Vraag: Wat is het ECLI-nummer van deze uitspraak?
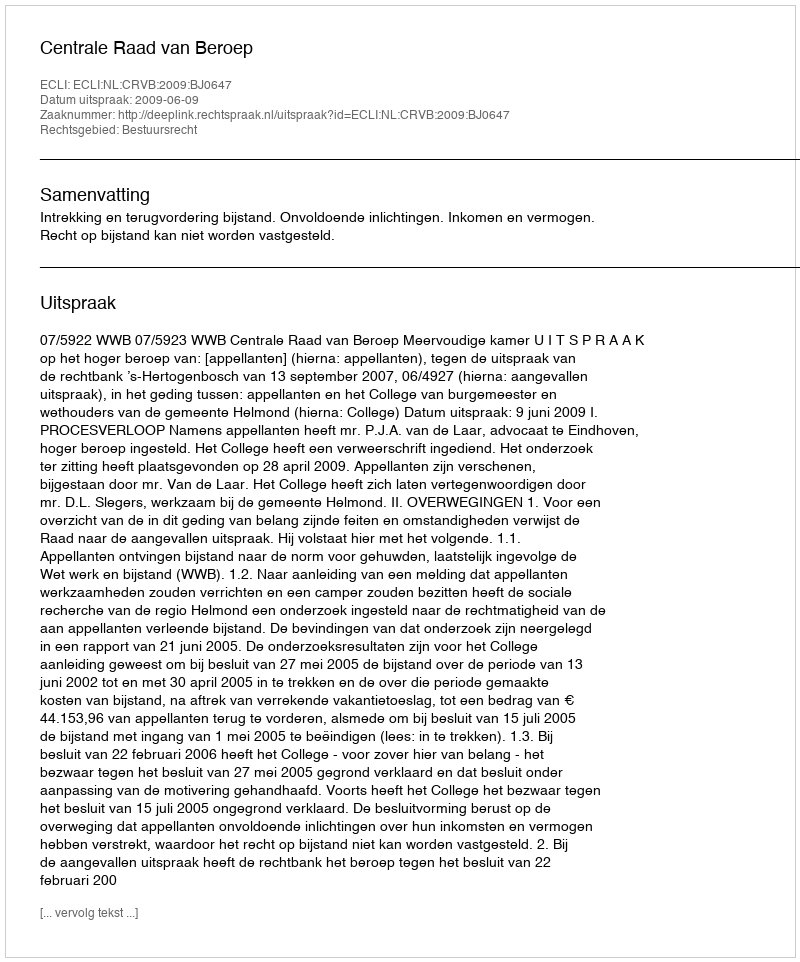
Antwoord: ECLI:NL:CRVB:2009:BJ0647